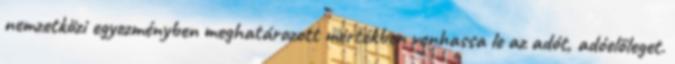
nemzetközi egyezményben meghatározott mértékben vonhassa le az adót, adóelőleget.